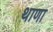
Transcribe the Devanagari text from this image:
थाणा